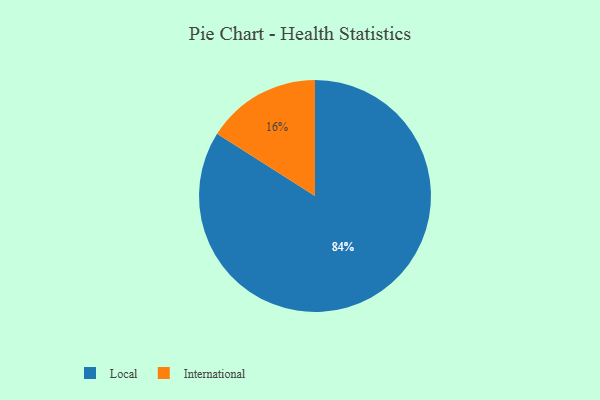
{"axis": {"x": "Category", "y": "Percentage"}, "legend": ["International", "Local"], "data": [{"x": "International", "y": 16, "type": "International"}, {"x": "Local", "y": 84, "type": "Local"}]}